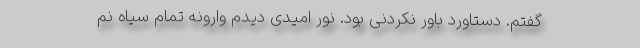
گفتم. دستاورد باور نکردنی بود. نور امیدی دیدم وارونه تمام سیاه نم